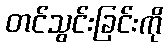
တင်သွင်းခြင်းကို